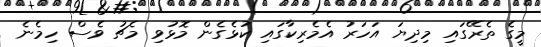
މީގެ ތެރޭގައި މިދިޔަ އަހަރު އެމެރިކާގައި ކުޅެގެން މޮޅުވި މެޗު ވެސް ހިމެނެ